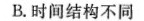
B. 时间结构不同